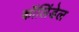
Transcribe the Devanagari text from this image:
कॉलिंडेल